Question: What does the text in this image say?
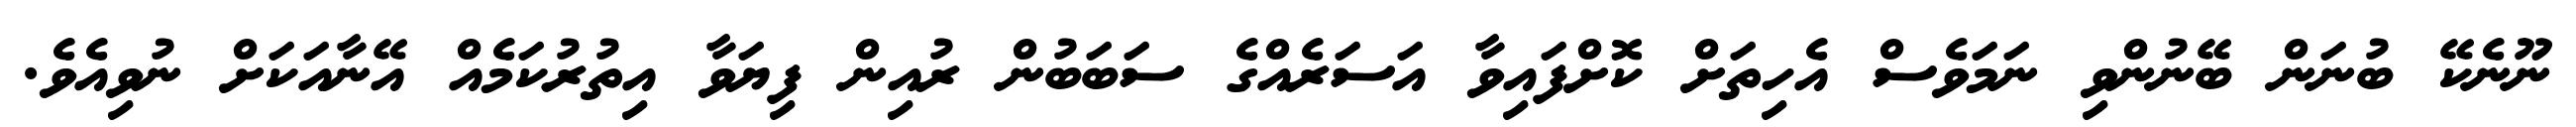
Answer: ނޫނެކޭ ބުނަން ބޭނުންވި ނަމަވެސް އެހިތަށް ކޮށްފައިވާ އަސަރެއްގެ ސަބަބުން ރުއިން ފިޔަވާ އިތުރުކަމެއް އޭނާއަކަށް ނުވިއެވެ.